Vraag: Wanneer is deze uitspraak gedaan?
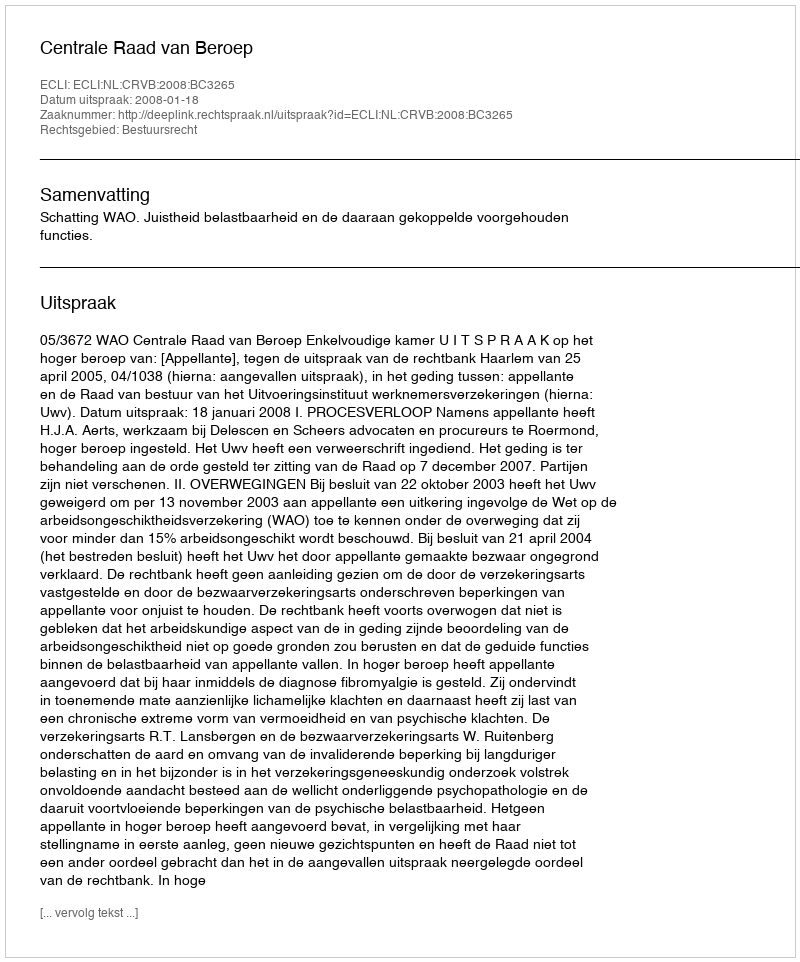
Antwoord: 2008-01-18